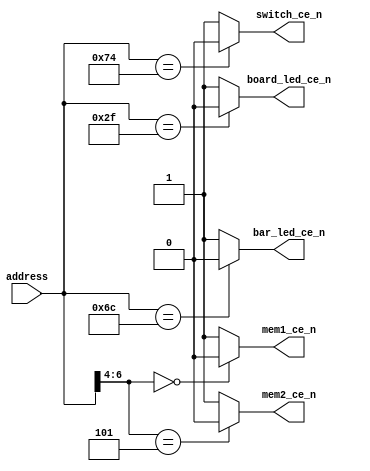
module decoder(
    input [6:0] address,
    output reg  bar_led_ce_n,
                board_led_ce_n,
                switch_ce_n,
                mem1_ce_n,
                mem2_ce_n);

    always @(address) begin
        // default, disabled
        switch_ce_n    = 1'b1;
        bar_led_ce_n   = 1'b1;
        mem2_ce_n      = 1'b1;
        board_led_ce_n = 1'b1;
        mem1_ce_n      = 1'b1;

        casex (address)
            7'h74: switch_ce_n    = 1'b0;
            7'h6C: bar_led_ce_n   = 1'b0;
            7'h5?: mem2_ce_n      = 1'b0;
            7'h2F: board_led_ce_n = 1'b0;
            7'h0?: mem1_ce_n      = 1'b0;
        endcase
    end
endmodule